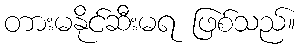
တားမနိုင်ဆီးမရ ဖြစ်သည်။